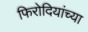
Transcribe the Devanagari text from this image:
फिरोदियांच्या